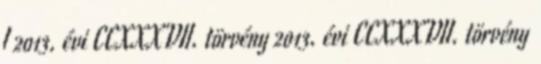
I 2013. évi CCXXXVII. törvény 2013. évi CCXXXVII. törvény